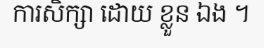
ការសិក្សា ដោយ ខ្លួន ឯង ។